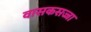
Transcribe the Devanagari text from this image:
वासकसज्जा